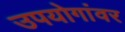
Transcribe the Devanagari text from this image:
उपयोगांवर